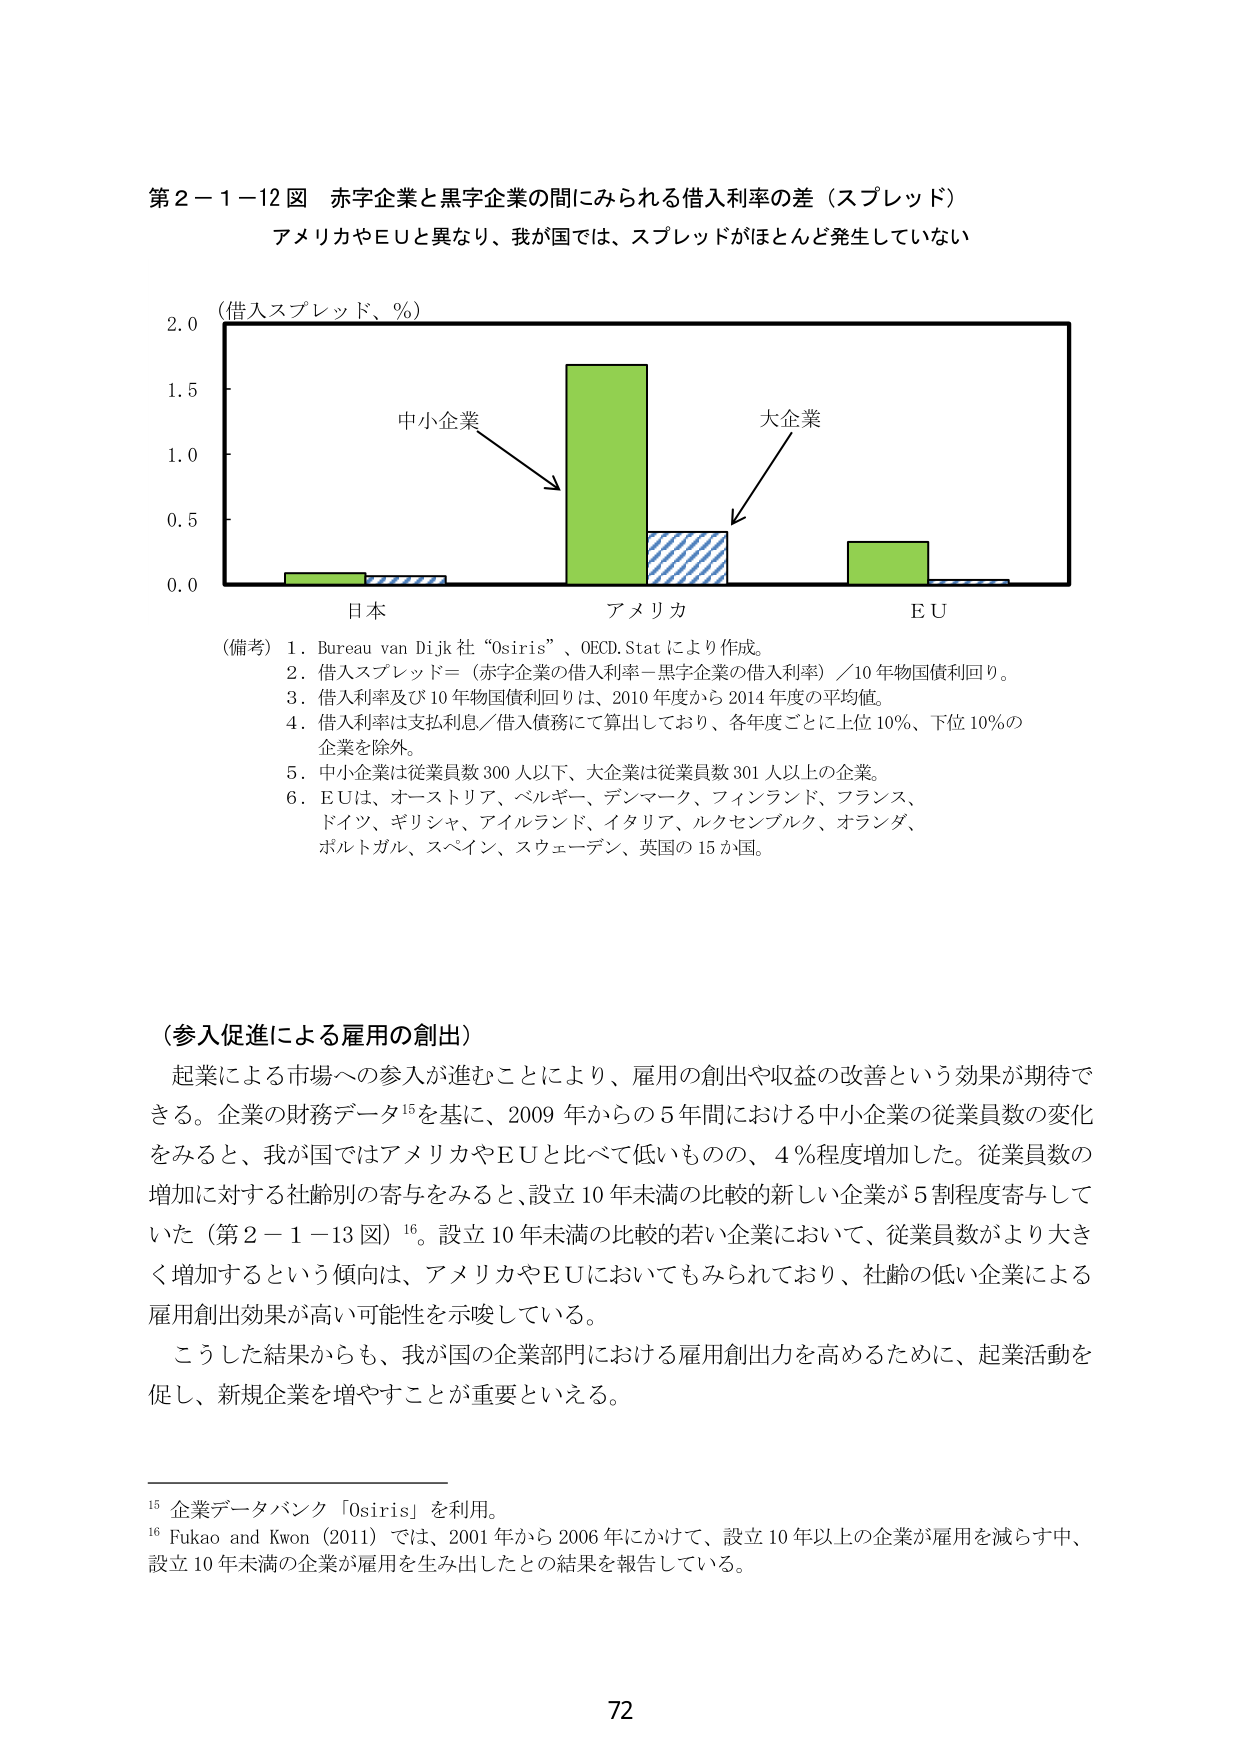
第２－１－１２図 赤字企業と黒字企業の間にみられる借入利率の差（スプレッド）
アメリカやＥＵと異なり、我が国では、スプレッドがほとんど発生していない

（借入スプレッド、％）
2.0
1.5
1.0
0.5
0.0

中小企業
大企業

日本 アメリカ ＥＵ

（備考）
1. Bureau van Dijk 社 “Osiris”、OECD.Stat により作成。
2. 借入スプレッド＝（赤字企業の借入利率－黒字企業の借入利率）／10 年物国債利回り。
3. 借入利率及び 10 年物国債利回りは、2010 年度から 2014 年度の平均値。
4. 借入利率は支払利息／借入債務にて算出しており、各年度ごとに上位 10％、下位 10％の企業を除外。
5. 中小企業は従業員数 300 人以下、大企業は従業員数 301 人以上の企業。
6. ＥＵは、オーストリア、ベルギー、デンマーク、フィンランド、フランス、ドイツ、ギリシャ、アイルランド、イタリア、ルクセンブルク、オランダ、ポルトガル、スペイン、スウェーデン、英国の 15 か国。

（参入促進による雇用の創出）
起業による市場への参入が進むことにより、雇用の創出や収益の改善という効果が期待できる。企業の財務データ¹⁵を基に、2009 年からの 5 年間における中小企業の従業員数の変化をみると、我が国ではアメリカやＥＵと比べて低いものの、4％程度増加した。従業員数の増加に対する社齢別の寄与をみると、設立 10 年未満の比較的新しい企業が 5 割程度寄与していた（第２－１－１３図）¹⁶。設立 10 年未満の比較的若い企業において、従業員数がより大きく増加するという傾向は、アメリカやＥＵにおいてもみられており、社齢の低い企業による雇用創出効果が高い可能性を示唆している。
こうした結果からも、我が国の企業部門における雇用創出力を高めるために、起業活動を促し、新規企業を増やすことが重要といえる。

¹⁵ 企業データバンク「Osiris」を利用。
¹⁶ Fukao and Kwon (2011) では、2001 年から 2006 年にかけて、設立 10 年以上の企業が雇用を減らす中、設立 10 年未満の企業が雇用を生み出したとの結果を報告している。

72